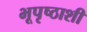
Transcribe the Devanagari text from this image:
भूपृष्ठाशी